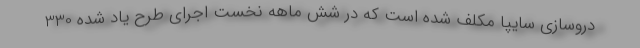
دروسازي سايپا مكلف شده است كه در شش ماهه نخست اجراي طرح ياد شده 330